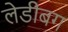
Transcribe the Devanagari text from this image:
लेडीबग